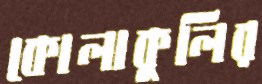
কোলাকুলির